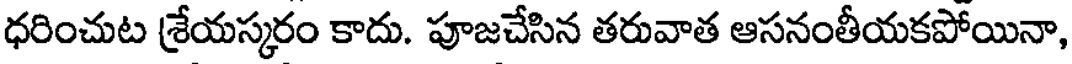
ధరించుట శ్రేయస్కరం కాదు. పూజచేసిన తరువాత ఆసనంతీయకపోయినా,